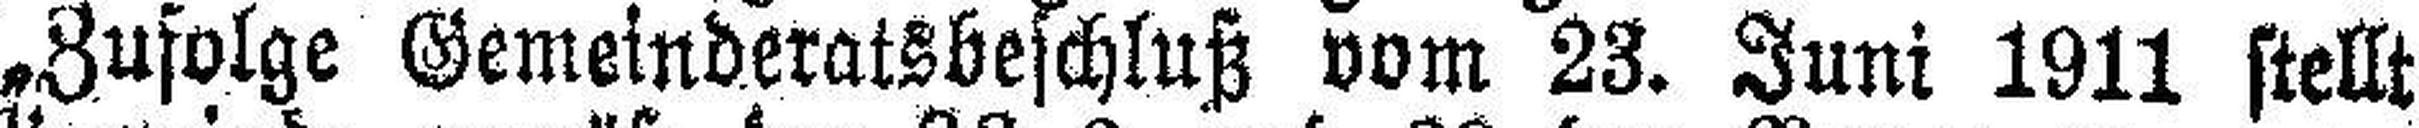
„Zufolge Gemeinderatsbeschluß vom 23. Juni 1911 stellt